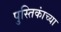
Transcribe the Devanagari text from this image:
पुस्तिकांच्‍या